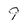
Character: 9